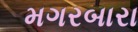
મગરબારા